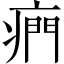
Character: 𤷱